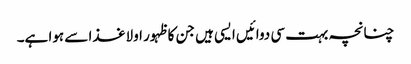
چنانچہ بہت سی دوائیں ایسی ہیں جن کا ظہور اولا غذا سے ہوا ہے۔